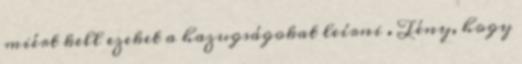
miért kell ezeket a hazugságokat leírni . Tény, hogy